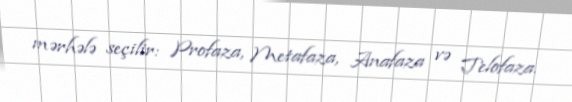
mərhələ seçilir: Profaza, Metafaza, Anafaza və Telofaza.